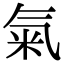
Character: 氣